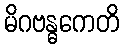
မိဂဗန္ဓကေတိ